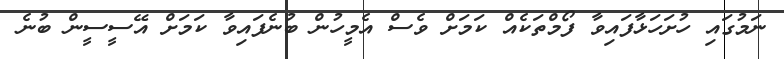
ނަމުގައި ހުށަހަޅާފައިވާ ފޯމްތަކެއް ކަމަށް ވެސް އެމީހުން ބުނެފައިވާ ކަމަށް އޭސީސީން ބުނެ